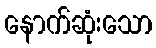
နောက်ဆုံးသော